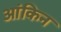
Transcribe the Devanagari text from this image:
आंकिन